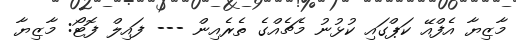
މާޒިޔާ އެފްއޭ ކަޕްގައި ކުޅުނު މެޗެއްގެ ތެރެއިން --- ފައިލް ފޮޓޯ: މާޒިޔާ